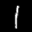
Label: 1